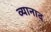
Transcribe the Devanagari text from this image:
व्यानाद